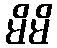
မိမိ